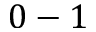
0 - 1